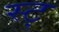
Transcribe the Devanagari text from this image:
स्ट्